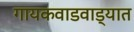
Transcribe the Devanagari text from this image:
गायकवाडवाड्यात